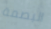
البصمة